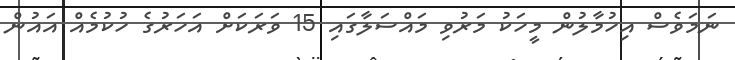
ނަމަވެސް އިހުމާލުން މީހަކު މަރުވި މައްސަލާގައި 15 ވަރަަކަށް އަހަރުގެ ހުކުމެއް އައުން